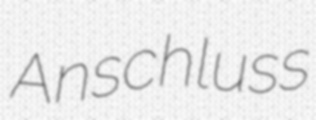
Anschluss